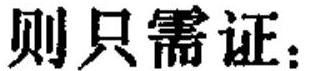
则只需证：